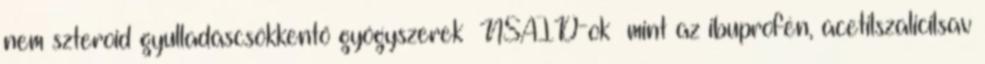
nem szteroid gyulladáscsökkentő gyógyszerek NSAID-ok mint az ibuprofén, acetilszalicilsav